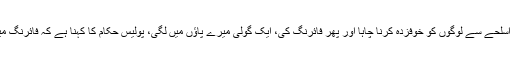
زخمی نوجوان کے مطابق گن مین نے اسلحے سے لوگوں کو خوفزدہ کرنا چاہا اور پھر فائرنگ کی، ایک گولی میرے پاؤں میں لگی، پولیس حکام کا کہنا ہے کہ فائرنگ میں ملوث گارڈ کو گرفتار کرلیا گیا ہے۔